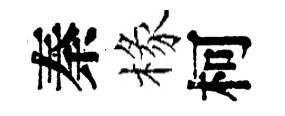
秦椽柯